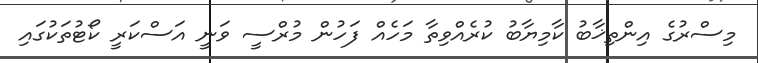
މިސްރުގެ އިންތިޚާބު ކާމިޔާބު ކުރެއްވިތާ މަހެއް ފަހުން މުރްސީ ވަނީ އަސްކަރީ ކޯޓުތަކުގައި